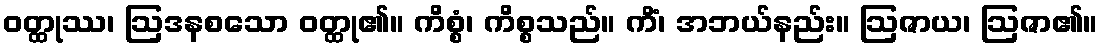
ဝတ္ထုဿ၊ ဩဒနစသော ဝတ္ထု၏။ ကိစ္စံ၊ ကိစ္စသည်။ ကိံ၊ အဘယ်နည်း။ ဩဇာယ၊ ဩဇာ၏။